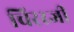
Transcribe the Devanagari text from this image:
चिररजी